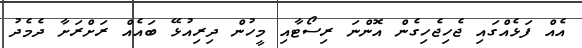
އެއް ފަޅެއްގައި ޖެހިޖެހިގެން އޮންނަ ރިސޯޓާއި މީހުން ދިރިއުޅޭ ބައެއް ރަށްރަށާ ދެމެދު